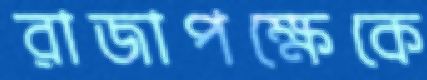
রাজাপক্ষেকে